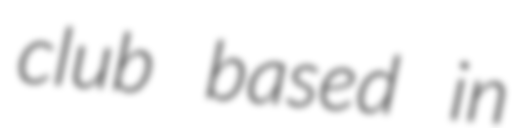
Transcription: club based in